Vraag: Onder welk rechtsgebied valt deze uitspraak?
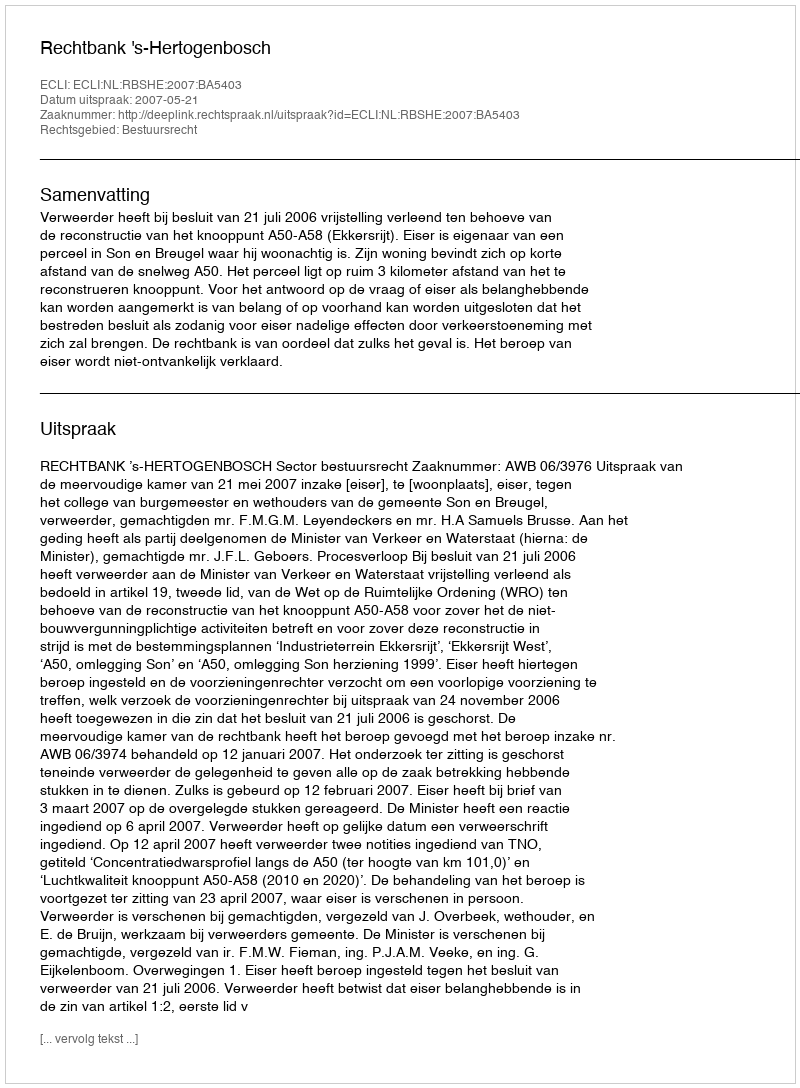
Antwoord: Bestuursrecht